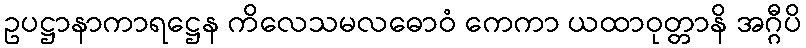
ဥပဋ္ဌာနာကာရဋ္ဌေန ကိလေသမလဓောဝံ ကေကာ ယထာဝုတ္တာနိ အဂ္ဂီပိ